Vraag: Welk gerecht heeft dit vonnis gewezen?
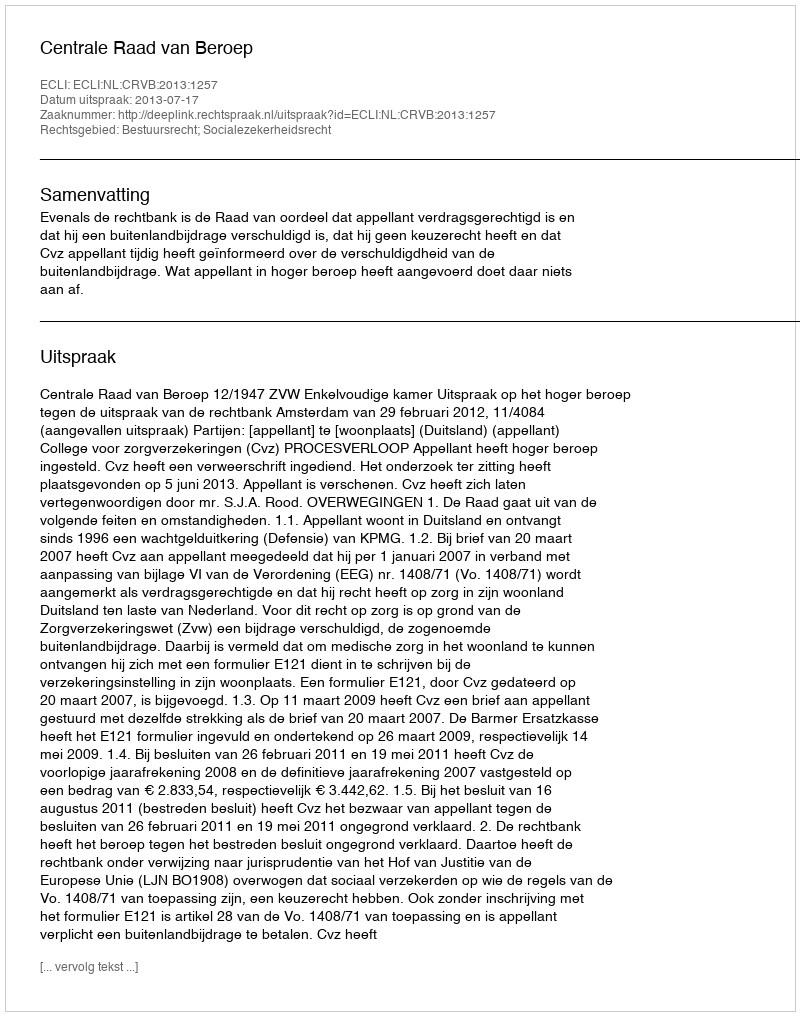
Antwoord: Centrale Raad van Beroep